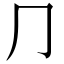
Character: ⺆